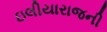
ઇલીયારાજની